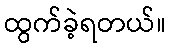
ထွက်ခဲ့ရတယ်။